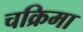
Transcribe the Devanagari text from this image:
चक्रिमा